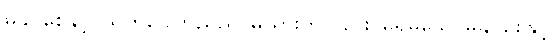
မခိုင်စေနှင့်၊ သက်ဝေကြည်ညို၊ မယားကိုလည်း၊ မရိုမသေ၊ မနိုင်စေနှင့်၊